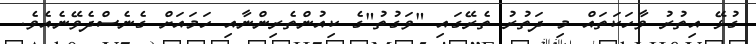
ގުޅޭ އިތުރު ވާހަކަތައް މި ދަތުރު ތެރޭގައި "ވަގުތު"ގެ ކިއުންތެރިންނާއި ހަމައަށް ގެނެސްދެވޭނެއެވެ.